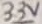
Text: 3.3V